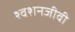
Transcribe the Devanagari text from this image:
श्वशनजीवी